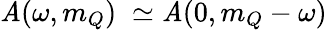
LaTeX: {\cal\mathit{A}}(\omega,m_{Q})\; \simeq{\cal\mathit{A}}(0,m_{Q}-\omega)